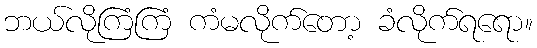
ဘယ်လိုကြံကြံ ကံမလိုက်တော့ ခံလိုက်ရရော။